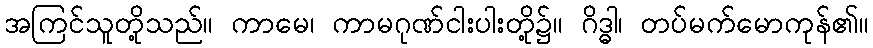
အကြင်သူတို့သည်။ ကာမေ၊ ကာမဂုဏ်ငါးပါးတို့၌။ ဂိဒ္ဓါ၊ တပ်မက်မောကုန်၏။